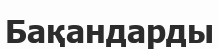
Бақандарды